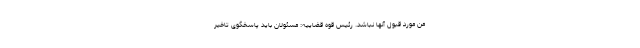
من مورد قبول آنها نباشد. رئیس قوه قضاییه: مسئولان باید پاسخگوی تاخیر